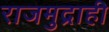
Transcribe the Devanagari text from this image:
राजमुद्राही